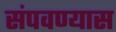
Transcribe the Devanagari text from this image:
संपवण्यास